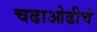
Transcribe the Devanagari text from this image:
चढाओढीचे